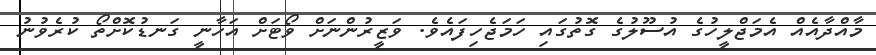
މާއްދާއެއް އެމަޖްލީހުގެ އުސޫލުގެ ގޮތުގައި ހަމަޖެހިފައެވެ. ވަޒީރުންނަށް ވޯޓަށް އަހާނީ ގަނޑުކޮށްތޯ ކުރެވުނު